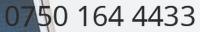
0750 164 4433